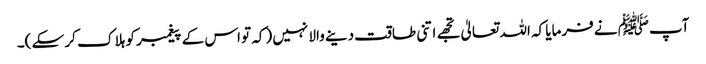
آپﷺ نے فرمایا کہ اللہ تعالیٰ تجھے اتنی طاقت دینے والا نہیں (کہ تو اس کے پیغمبر کو ہلا ک کر سکے )۔